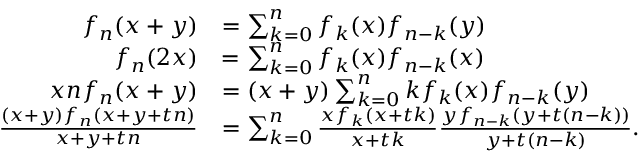
{ \begin{array} { r l } { f _ { n } ( x + y ) } & { = \sum _ { k = 0 } ^ { n } f _ { k } ( x ) f _ { n - k } ( y ) } \\ { f _ { n } ( 2 x ) } & { = \sum _ { k = 0 } ^ { n } f _ { k } ( x ) f _ { n - k } ( x ) } \\ { x n f _ { n } ( x + y ) } & { = ( x + y ) \sum _ { k = 0 } ^ { n } k f _ { k } ( x ) f _ { n - k } ( y ) } \\ { { \frac { ( x + y ) f _ { n } ( x + y + t n ) } { x + y + t n } } } & { = \sum _ { k = 0 } ^ { n } { \frac { x f _ { k } ( x + t k ) } { x + t k } } { \frac { y f _ { n - k } ( y + t ( n - k ) ) } { y + t ( n - k ) } } . } \end{array} }